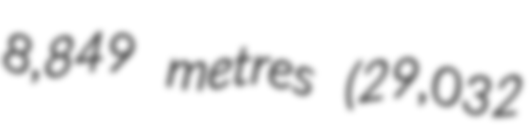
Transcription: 8,849 metres (29,032